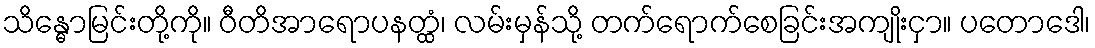
သိန္ဓောမြင်းတို့ကို။ ဝီတိအာရောပနတ္ထံ၊ လမ်းမှန်သို့ တက်ရောက်စေခြင်းအကျိုးငှာ။ ပတောဒေါ၊